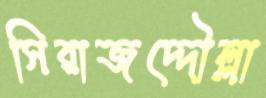
সিরাজদ্দৌল্লা